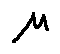
\mu